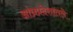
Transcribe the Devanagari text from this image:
आंध्रप्रदेशातले